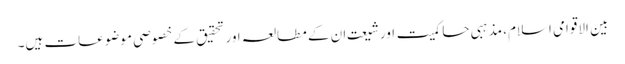
بین الاقوامی اسلام، مذہبی حاکمیت اورشیعت ان کے مطالعہ اورتحقیق کے خصوصی موضوعات ہیں۔